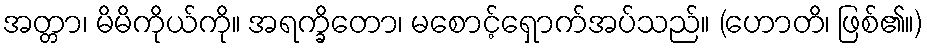
အတ္တာ၊ မိမိကိုယ်ကို။ အရက္ခိတော၊ မစောင့်ရှောက်အပ်သည်။ (ဟောတိ၊ ဖြစ်၏။)